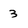
Character: 3